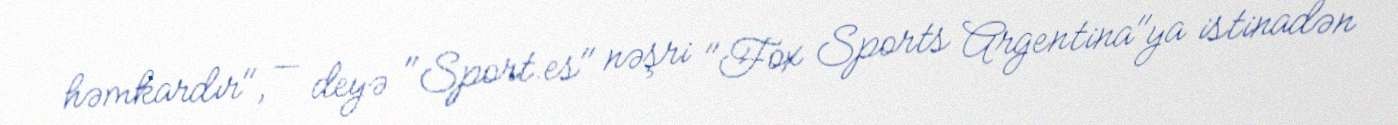
həmkardır", — deyə "Sport.es" nəşri "Fox Sports Argentina"ya istinadən